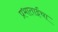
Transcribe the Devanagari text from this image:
प्रभाताईंचा